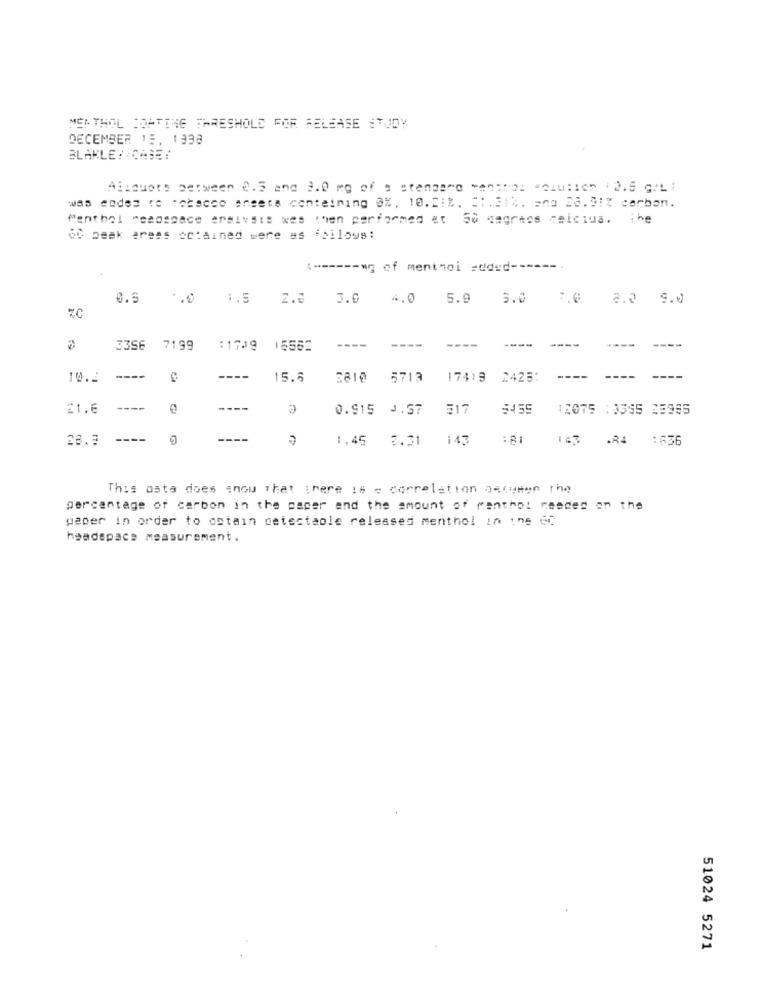
MEI THOL COATTHE THRESHOLD FOR FELEASE STUDY
DECEMBER 15. 1338
BLAKLEY CASE :
Alicuore between 8.5 and 3.0 mg of a standard Menthol "Caution : 2.5 G/L1
was endes ro tobacco sheets containing 0%, 10.2:2. 3 :. 314. ano 28.91% carbon.
Menthol Pesoshace ergivits wes then performed at So nagreos celcius.
the
60 peak aress cctained were as follows:
<------ wg of mentnoi added --
0.5
1.5
2.2
3.0 4.0 5.9
5.0
7.0 8.2 9.0
C
3356 7199
:1759
15562
----
----
----
----
----
-----
10.2
----
15.5
2810
6713
17419
2425:
----
21.6
----
0.915 J.57
517
5455
12075 :3395 28985
28.3
----
1,45
2.31
143
:81
143
:636
This osta does show That there is e correlation acumen the
percentage of carbon in the paper and the amount of renthot needed on the
paper in order to ostain detectaole released menthol in ins 6℃
headspace measurement .
51024 5271